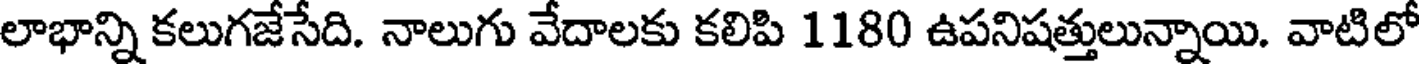
లాభాన్ని కలుగజేసేది. నాలుగు వేదాలకు కలిపి 1180 ఉపనిషత్తులున్నాయి. వాటిలో